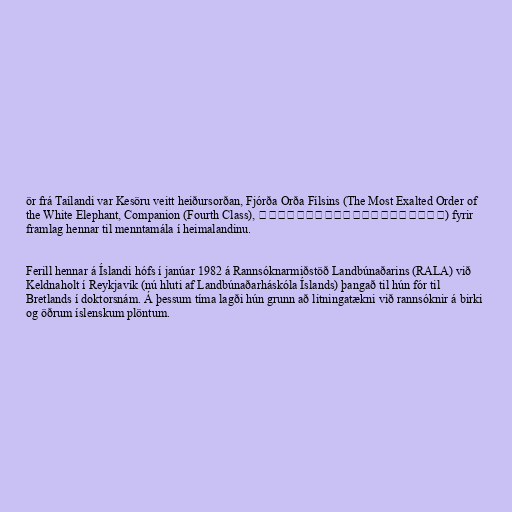
ör frá Taílandi var Kesöru veitt heiðursorðan, Fjórða Orða Fílsins (The Most Exalted Order of
the White Elephant, Companion (Fourth Class), จัตุรถาภรณ์ช้างเผือก) fyrir
framlag hennar til menntamála í heimalandinu.

Ferill hennar á Íslandi hófs í janúar 1982 á Rannsóknarmiðstöð Landbúnaðarins (RALA) við
Keldnaholt í Reykjavík (nú hluti af Landbúnaðarháskóla Íslands) þangað til hún fór til
Bretlands í doktorsnám. Á þessum tíma lagði hún grunn að litningatækni við rannsóknir á birki
og öðrum íslenskum plöntum.